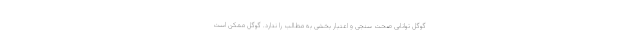
گوگل توانایی صحت سنجی و اعتبار بخشی به مطالب را ندارد. گوگل ممکن است